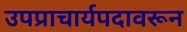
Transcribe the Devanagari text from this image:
उपप्राचार्यपदावरून